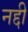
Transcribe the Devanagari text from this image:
नद्दी